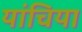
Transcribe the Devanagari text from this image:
यांचिया